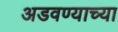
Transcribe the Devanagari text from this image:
अडवण्याच्या